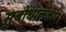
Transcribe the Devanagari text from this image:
सुबोधालंकार।